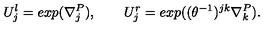
U _ { j } ^ { l } = e x p ( \nabla _ { j } ^ { P } ) , \qquad U _ { j } ^ { r } = e x p ( ( \theta ^ { - 1 } ) ^ { j k } \nabla _ { k } ^ { P } ) .